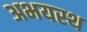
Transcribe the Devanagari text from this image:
अभयस्थ